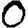
Digit: 0